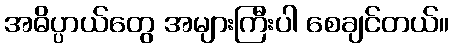
အဓိပ္ပာယ်တွေ အများကြီးပါ စေချင်တယ်။